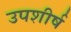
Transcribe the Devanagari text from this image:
उपशीर्ष